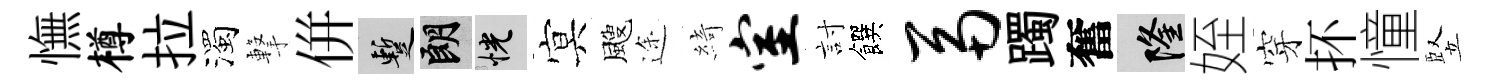
憮樽拉濁撃併暫朗恍㝠颼途綺室討饌鬲躅奮隆姪穿抔憧竪